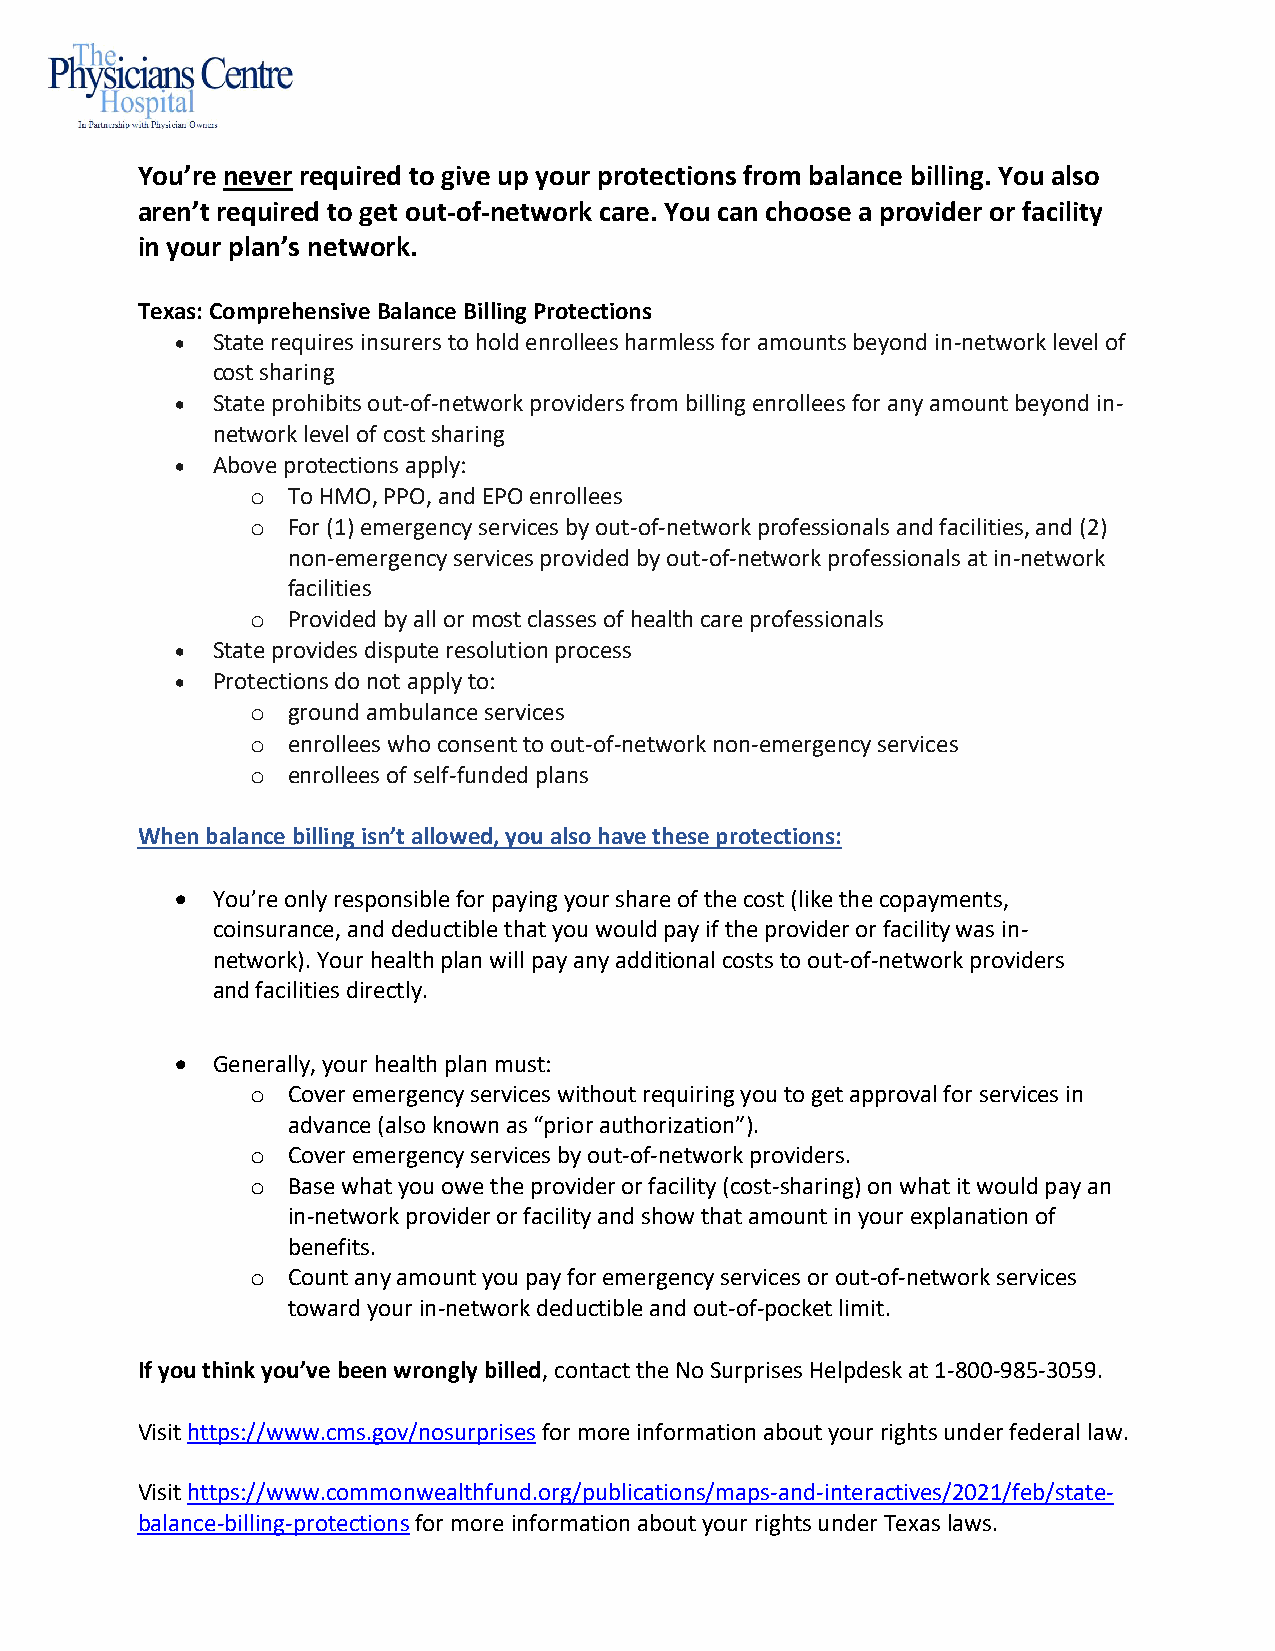
You’re never required to give up your protections from balance billing. You also
 aren’t required to get out-of-network care. You can choose a provider or facility
 in your plan’s network.
 Texas: Comprehensive Balance Billing Protections
 • State requires insurers to hold enrollees harmless for amounts beyond in-network level of
 cost sharing
 • State prohibits out-of-network providers from billing enrollees for any amount beyond in-
 network level of cost sharing
 • Above protections apply:
 o To HMO, PPO, and EPO enrollees
 o For (1) emergency services by out-of-network professionals and facilities, and (2)
 non-emergency services provided by out-of-network professionals at in-network
 facilities
 o Provided by all or most classes of health care professionals
 • State provides dispute resolution process
 • Protections do not apply to:
 o ground ambulance services
 o enrollees who consent to out-of-network non-emergency services
 o enrollees of self-funded plans
 When balance billing isn’t allowed, you also have these protections:
 • You’re only responsible for paying your share of the cost (like the copayments,
 coinsurance, and deductible that you would pay if the provider or facility was in-
 network). Your health plan will pay any additional costs to out-of-network providers
 and facilities directly.
 • Generally, your health plan must:
 o Cover emergency services without requiring you to get approval for services in
 advance (also known as “prior authorization”).
 o Cover emergency services by out-of-network providers.
 o Base what you owe the provider or facility (cost-sharing) on what it would pay an
 in-network provider or facility and show that amount in your explanation of
 benefits.
 o Count any amount you pay for emergency services or out-of-network services
 toward your in-network deductible and out-of-pocket limit.
 If you think you’ve been wrongly billed, contact the No Surprises Helpdesk at 1-800-985-3059.
 Visit https://www.cms.gov/nosurprises for more information about your rights under federal law.
 Visit https://www.commonwealthfund.org/publications/maps-and-interactives/2021/feb/state-
 balance-billing-protections for more information about your rights under Texas laws.